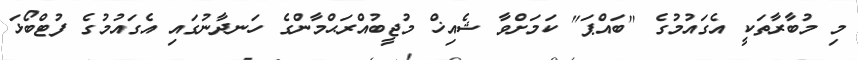
މި މުބާރާތަކީ އެގައުމުގެ "ބައްޕަ" ކަމަށްވާ ޝެއިޚް މުޖީބުއްރަޙްމާންގެ ހަނދާނުގައި އެގައުމުގެ ފުޓްބޯޅަ